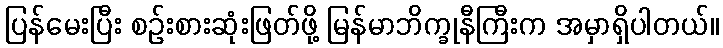
ပြန်မေးပြီး စဉ်းစားဆုံးဖြတ်ဖို့ မြန်မာဘိက္ခုနီကြီးက အမှာရှိပါတယ်။